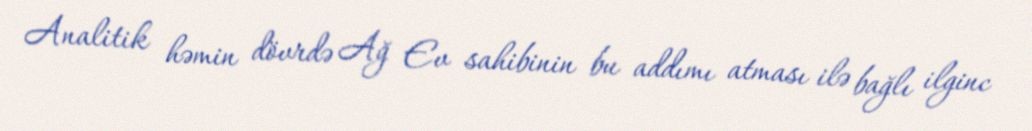
Analitik həmin dövrdə Ağ Ev sahibinin bu addımı atması ilə bağlı ilginc